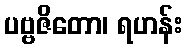
ပဗ္ဗဇိတော၊ ရဟန်း